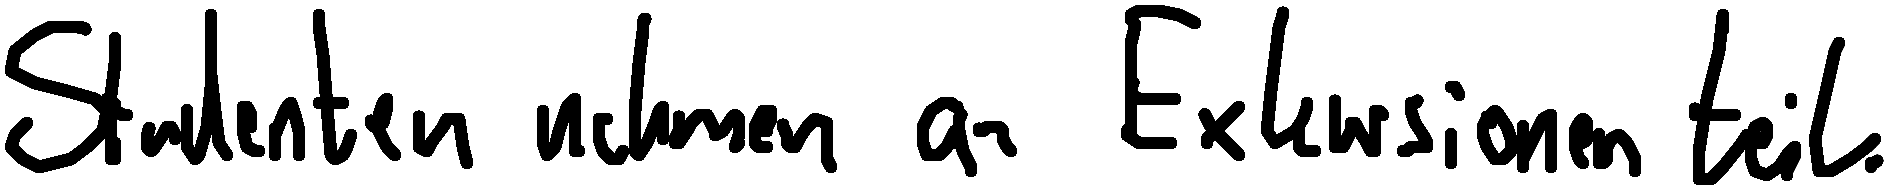
Studenten nehmen an Exkursionen teil.